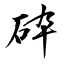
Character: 砕